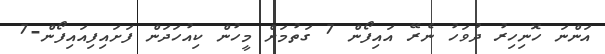
އަންނަ ހޮނިހިރު ދުވަހު ނެރޭ އައިފޯން 7 ގަތުމަށް މީހުން ކިއުހަދަން ފަށައިފިއައިފޯން-7